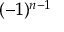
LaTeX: ( - 1 ) ^ { n - 1 }